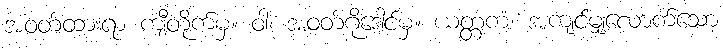
အဝတ်ထားရာ ကျီတိုက်မှ။ ဝါ၊ အဝတ်ဂိုဒေါင်မှ။ ယတ္တကံ၊ အကျင်မျှလောက်သော